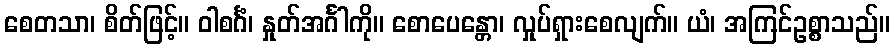
စေတသာ၊ စိတ်ဖြင့်။ ဝါစင်္ဂံ၊ နှုတ်အင်္ဂါကို။ စောပေန္တော၊ လှုပ်ရှားစေလျက်။ ယံ၊ အကြင်ဥစ္စာသည်။